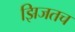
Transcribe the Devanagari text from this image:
झिजतच